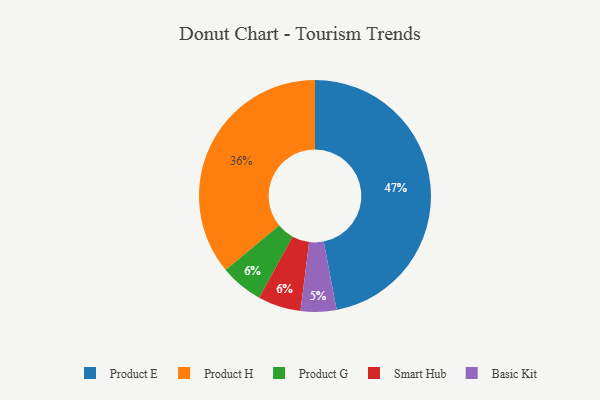
{"axis": {"x": "Category", "y": "Percentage"}, "legend": ["Basic Kit", "Product E", "Product G", "Product H", "Smart Hub"], "data": [{"x": "Basic Kit", "y": 5, "type": "Basic Kit"}, {"x": "Product E", "y": 47, "type": "Product E"}, {"x": "Product G", "y": 6, "type": "Product G"}, {"x": "Smart Hub", "y": 6, "type": "Smart Hub"}, {"x": "Product H", "y": 36, "type": "Product H"}]}